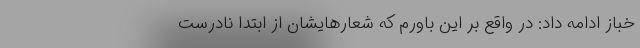
خباز ادامه داد: در واقع بر این باورم که شعارهایشان از ابتدا نادرست